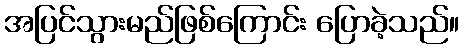
အပြင်သွားမည်ဖြစ်ကြောင်း ပြောခဲ့သည်။